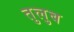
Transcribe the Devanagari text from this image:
तुलुब